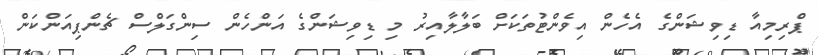
ޕްރިމިއާ ޑިވިޝަންގެ އެހެން އިވެންޓުތަކަށް ބަލާލާއިރު މި ޑިވިޝަންގެ އަންހެން ސިންގަލްސް ޗެންޕިއަންކަން